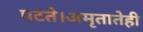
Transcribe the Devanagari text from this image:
पटते।अमृतातेही